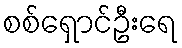
စစ်ရှောင်ဦးရေ